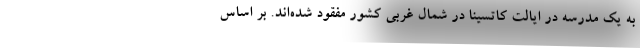
به یک مدرسه در ایالت کاتسینا در شمال غربی کشور مفقود شده‌اند. بر اساس